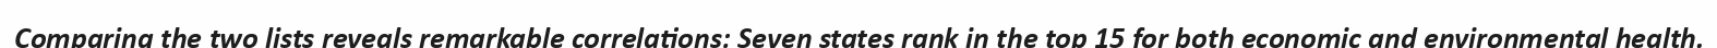
Comparing the two lists reveals remarkable correlations: Seven states rank in the top 15 for both economic and environmental health.